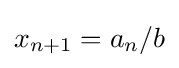
x_{n+1}=a_{n}/b